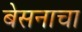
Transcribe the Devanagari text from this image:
बेसनाचा